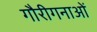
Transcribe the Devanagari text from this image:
गौरीगनाओं